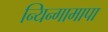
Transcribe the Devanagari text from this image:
न्यिन्गामापा